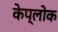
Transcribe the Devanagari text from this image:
केप्लोक